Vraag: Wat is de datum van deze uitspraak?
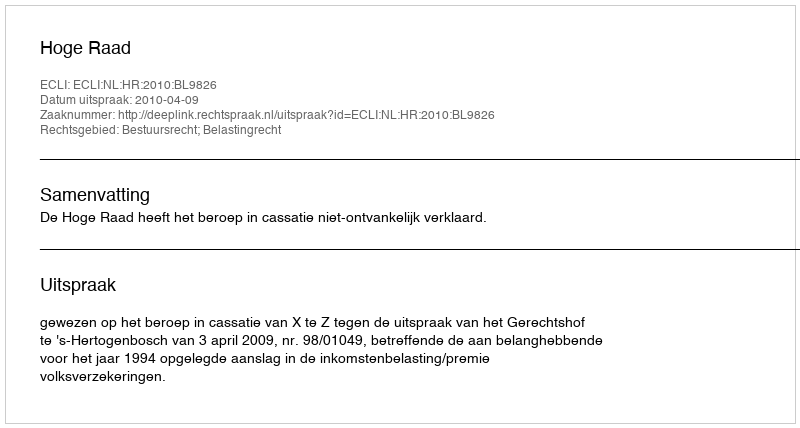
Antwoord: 2010-04-09